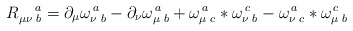
\begin{align*}R_{\mu \nu \,\,b}^{\quad a}=\partial _{\mu }\omega _{\nu\,\,b}^{\,a}-\partial _{\nu }\omega _{\mu \,\,b}^{\,a}+\omega _{\mu\,\,c}^{\,a}\ast \omega _{\nu \,\,b}^{\,c}-\omega _{\nu \,\,c}^{\,a}\ast\omega _{\mu \,\,b}^{\,c}\end{align*}